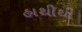
હાથીથી